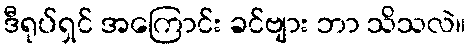
ဒီရုပ်ရှင် အကြောင်း ခင်ဗျား ဘာ သိသလဲ။